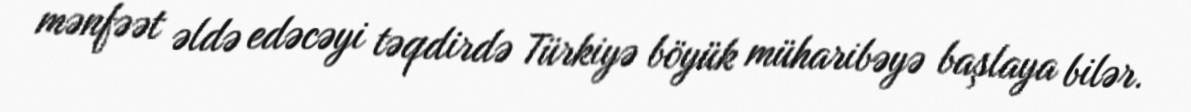
mənfəət əldə edəcəyi təqdirdə Türkiyə böyük müharibəyə başlaya bilər.